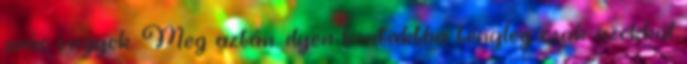
srác vagyok. Meg aztán. ilyen kontaktba tényleg csak azokkal